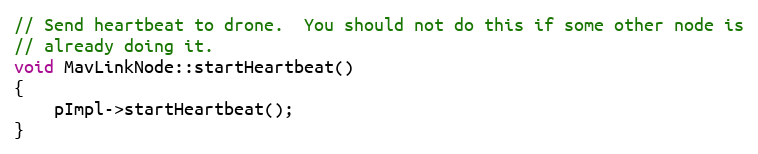
Language: C++
// Send heartbeat to drone.  You should not do this if some other node is
// already doing it.
void MavLinkNode::startHeartbeat()
{
    pImpl->startHeartbeat();
}